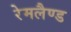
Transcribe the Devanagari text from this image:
रेमलैण्ड